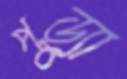
পুড়্যা